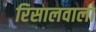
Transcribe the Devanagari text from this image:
रिसालवाला